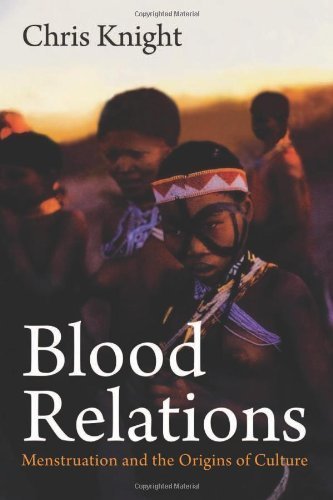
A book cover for Blood Relations: Menstruation and the Origins of Culture by Knight, Chris (1995) Paperback; Chris Knight; Health, Fitness & Dieting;